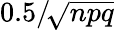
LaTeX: \textstyle{0.5}/\! {\sqrt{npq}}